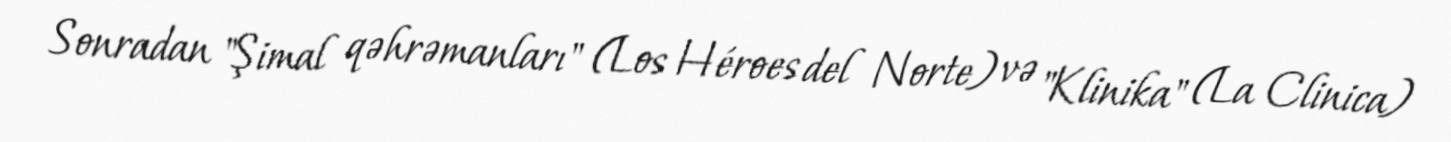
Sonradan "Şimal qəhrəmanları" (Los Héroes del Norte) və "Klinika" (La Clinica)